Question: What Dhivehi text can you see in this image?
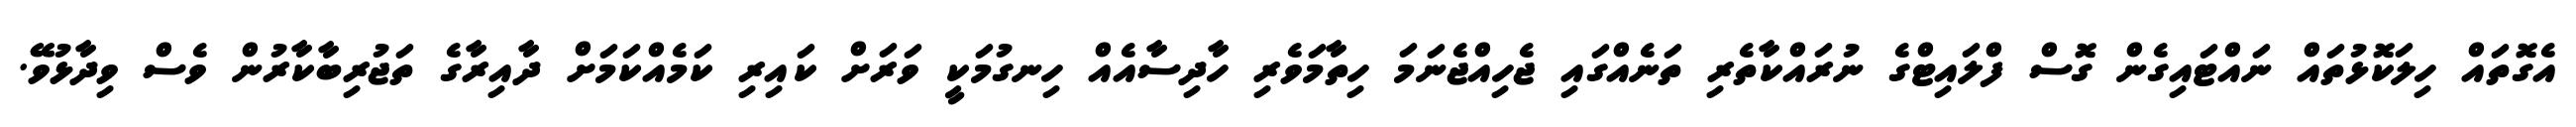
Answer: އެގޮތައް ހިލަކޮޅުތައް ނައްޓައިގެން ގޮސް ފްލައިޓްގެ ނުރައްކާތެރި ތަނެއްގައި ޖެހިއްޖެނަމަ ހިތާމަވެރި ހާދިސާއެއް ހިނގުމަކީ ވަރަށް ކައިރި ކަމެއްކަމަށް ދާއިރާގެ ތަޖުރިބާކާރުން ވެސް ވިދާޅުވޭ.